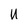
Character: U